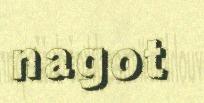
nagot